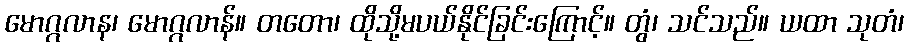
မောဂ္ဂလာန၊ မောဂ္ဂလာန်။ တတော၊ ထိုသို့မပယ်နိုင်ခြင်းကြောင့်။ တွံ၊ သင်သည်။ ယထာ သုတံ၊